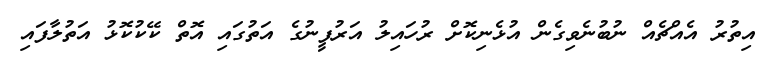
އިތުރު އެއްޗެއް ނުބުނެވިގެން އުޅެނިކޮށް ރުހައިލު އަރުފީނުގެ އަތުގައި އޮތް ކޭކުކޮޅު އަތުލާފައި